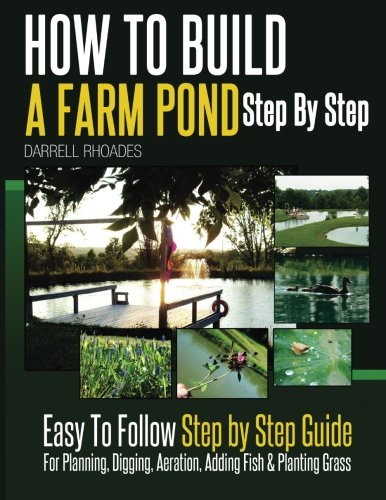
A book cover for How to Build a Farm Pond Step By Step: Easy to Follow Step by Step Guide For Planning, Digging, Aeration, Adding Fish and Planting Grass.; Darrell Rhoades; Science & Math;